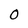
Character: O